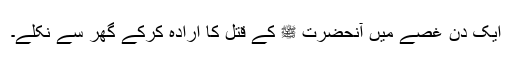
ایک دن غصے میں آنحضرت ﷺ کے قتل کا ارادہ کرکے گھر سے نکلے۔